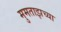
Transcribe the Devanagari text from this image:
मुमताझच्या